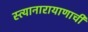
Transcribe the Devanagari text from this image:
स्त्यानारायाणाची